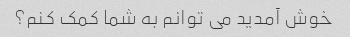
خوش آمدید می توانم به شما کمک کنم؟